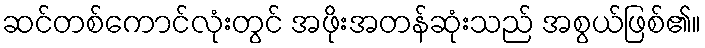
ဆင်တစ်ကောင်လုံးတွင် အဖိုးအတန်ဆုံးသည် အစွယ်ဖြစ်၏။